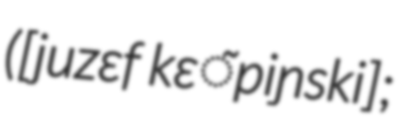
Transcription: ([juzɛf kɛ̃piɲski];